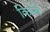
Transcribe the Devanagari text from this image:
किम्बे